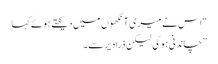
“اس نے میری آ نکھوں میں دیکھتے ہوئے کہا
” چاندنی ہوگی لیکن ذرا دیر سے۔